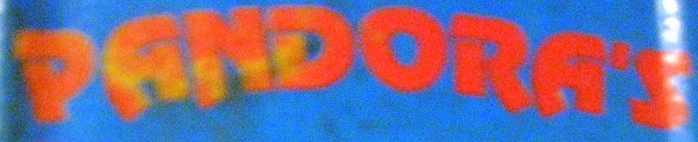
PANDORA'S